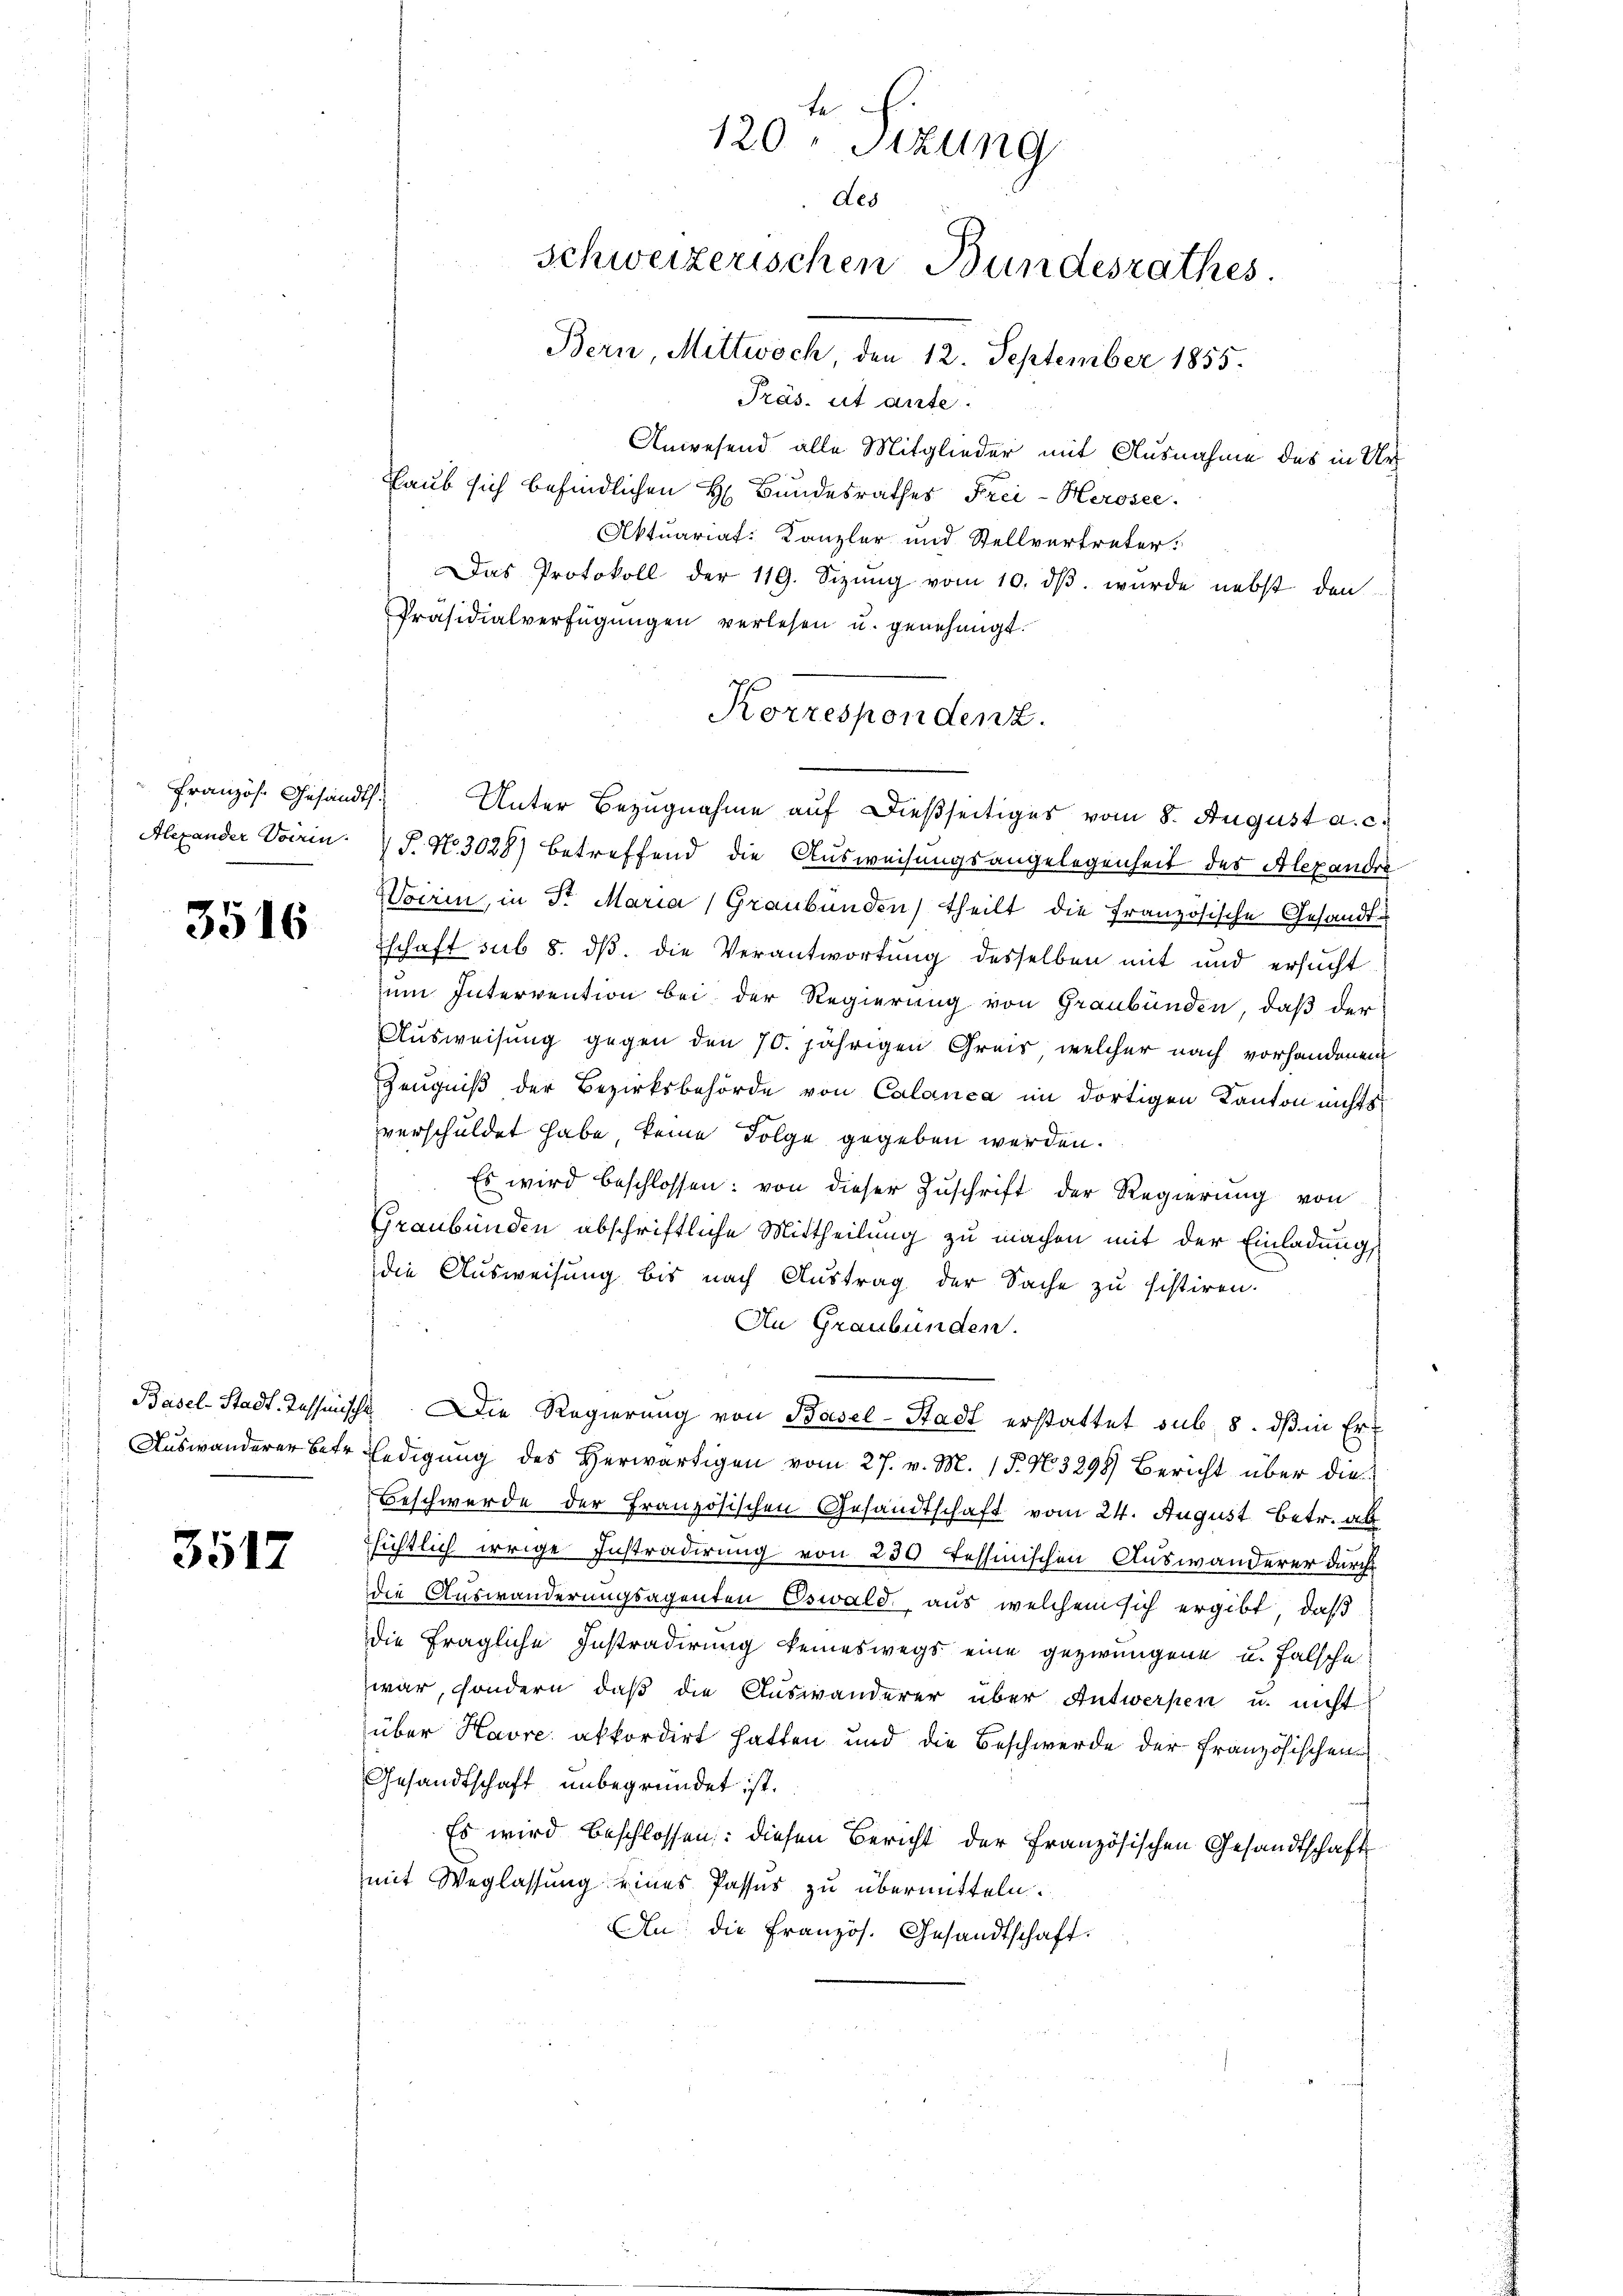
Französ. Gesandth
Alexander Vorrin

3516

Basel-Stadt-Tessinisch
Auswanderer betr.

3517

te ich
120, Sitzung
des
schweizerischen Bundesrathes.
Bern, Mittwoch, den 12. September 1855.

Präs. et ante.
Anwesend alle Mitglieder mit Ausnahme des in Ur¬
Laub sich befindlichen H. Bundesrathes Frei-Kerosee.
Aktuariat: Kanzler und Stellvertreter.
Das Protokoll der 119. Sizŭng vom 10. dβ. wurde nebst den
Präsidialverfügŭngen verlesen u. genehmigt.
Unter Bezugnahme auf dießseitiges vom 8. August a. c.
J. N. 3028) betreffend die Ausweisungsangelegenheit des Alexandre
Wocrin, in Fr. Maria (Graubünden) theilt die französische Gesandtschaft sub 8. dβ. die Verantwortung desselben mit und ersucht
um Intervention bei der Regierung von Graubünden, daß der
Ausweisung gegen den 70. jährigen Greis, welcher nach vorhandenem
Zeugniß der Bezirksbehörde von Calanca im dortigen Kanton nichts
verschuldet habe keine Folge gegeben werden.
Es wird beschlossen: von dieser Zuschrift der Regierung von
Graubünden abschriftliche Mittheilung zu machen mit der Einladung
die Ausweisung bis nach Austrag der Sache zu sistiren.
An Graubünden.
/ Die Regierŭng von Basel-Stadt erstattet sub. 8. dβ in Er-
ledigung des Herwärtigen vom 27. v. M. 15. No 3298) Bericht über die
Beschwerde der Französischen Gesandtschaft vom 24. August betr. als
sichtlich irrige Instradirung von 230 tessinischen Auswanderer durch
die Auswanderungsagenten Oswald, aus welchem sich ergibt, daß
die fragliche Instradirung keineswegs eine gezwungene u. falsche
zwar, sondern, daß die Auswanderer über Antwerpen u. nicht
über Havre akkordirt hatten und die Beschwerde der Französischen
Gesandtschaft unbegründet ist.
Es wird beschlossen: diesen Bericht der Französischen Gesandtschaft
mit Weglassung eines Passus zu übermitteln.
An die Französ. Gesandtschaft.

Korrespondenz.